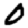
Digit: 0